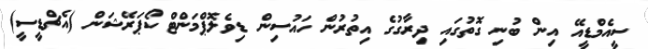
ސީއެމްޑީއޭ އިން ބުނި ގޮތުގައި ދިރާގުގެ އިތުރުން ހައުސިން ޑިވެލޮޕްމަންޓް ކޯޕަރޭޝަން (އެޗްޑީސީ)